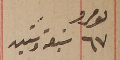
نمرو ٦٧ سبعة وستين